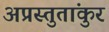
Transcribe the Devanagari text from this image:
अप्रस्तुतांकुर